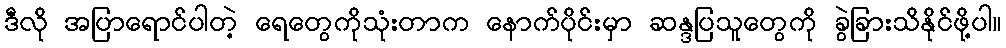
ဒီလို အပြာရောင်ပါတဲ့ ရေတွေကိုသုံးတာက နောက်ပိုင်းမှာ ဆန္ဒပြသူတွေကို ခွဲခြားသိနိုင်ဖို့ပါ။